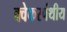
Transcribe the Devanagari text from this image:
क्वेकरपंथीय